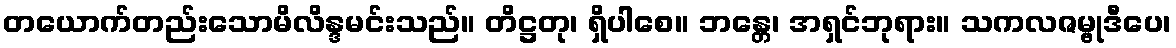
တယောက်တည်းသောမိလိန္ဒမင်းသည်။ တိဋ္ဌတု၊ ရှိပါစေ။ ဘန္တေ၊ အရှင်ဘုရား။ သကလဇမ္ဗုဒီပေ၊